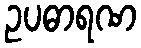
ဥပဓာရဏ